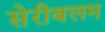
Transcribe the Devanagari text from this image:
सेरीबलम